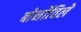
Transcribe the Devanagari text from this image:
बोर्नोविले